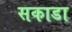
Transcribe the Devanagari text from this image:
सकाडा